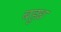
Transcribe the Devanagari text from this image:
बहुध्र